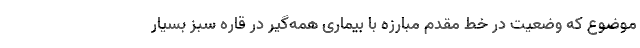
موضوع که وضعیت در خط مقدم مبارزه با بیماری همه‌گیر در قاره سبز بسیار